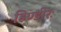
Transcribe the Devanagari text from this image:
हिण्डीरः